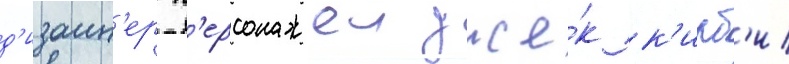
д'изаин'ер п'ерсонажеи дже́к к'ирб'и